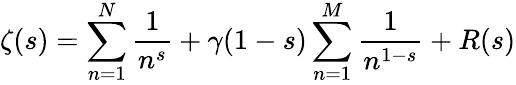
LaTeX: \zeta(s)=\sum_{n=1}^{N}{\frac{1}{n^{s}}}+\gamma(1-s)\sum_{n=1}^{M}{\frac{1}{n^{1-s}}}+R(s)